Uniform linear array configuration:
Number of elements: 24
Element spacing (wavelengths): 0.25
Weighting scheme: hann
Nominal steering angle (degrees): -15
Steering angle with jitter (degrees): -13.519
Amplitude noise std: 0.05
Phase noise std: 0.05

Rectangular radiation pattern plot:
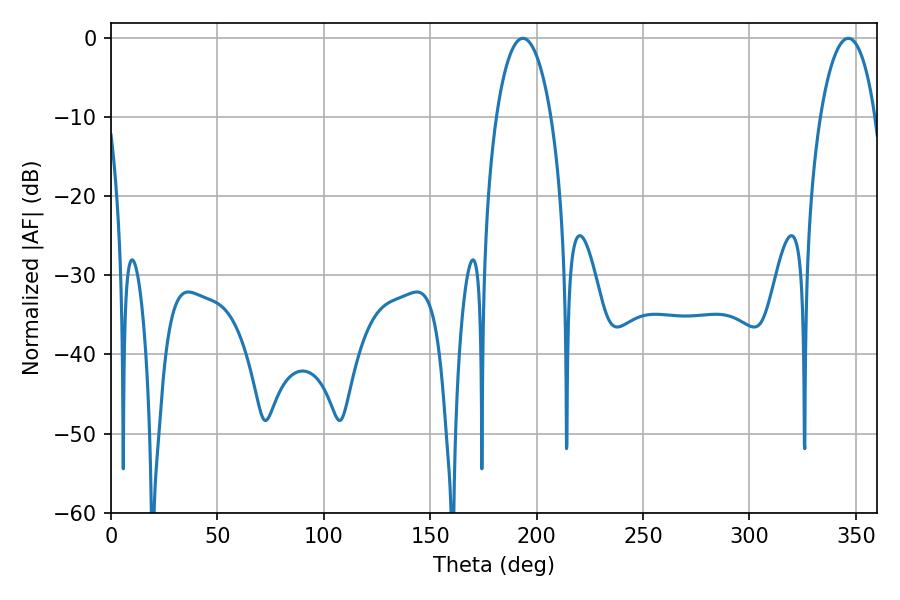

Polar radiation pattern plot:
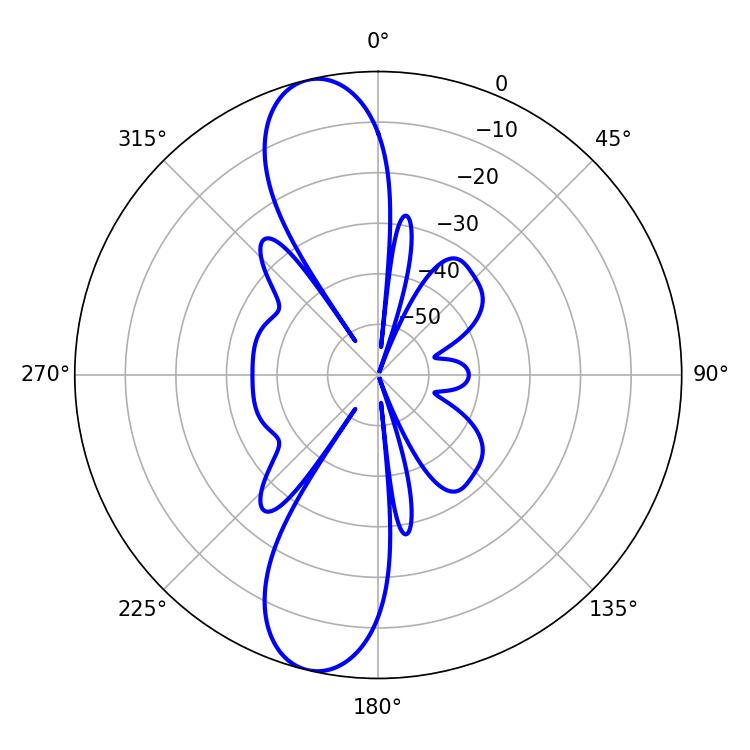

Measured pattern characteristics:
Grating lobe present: FALSE
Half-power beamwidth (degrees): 14.4
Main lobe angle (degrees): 193.5